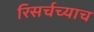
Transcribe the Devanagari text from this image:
रिसर्चच्याच